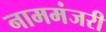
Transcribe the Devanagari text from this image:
नाममंजरी